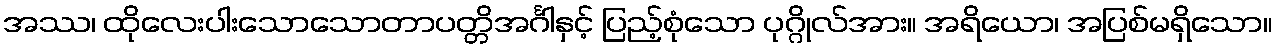
အဿ၊ ထိုလေးပါးသောသောတာပတ္တိအင်္ဂါနှင့် ပြည့်စုံသော ပုဂ္ဂိုလ်အား။ အရိယော၊ အပြစ်မရှိသော။